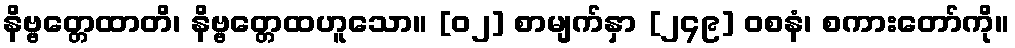
နိဗ္ဗတ္တေထာတိ၊ နိဗ္ဗတ္တေထဟူသော။ [၀၂] စာမျက်နှာ [၂၄၉] ဝစနံ၊ စကားတော်ကို။